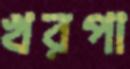
খরপা